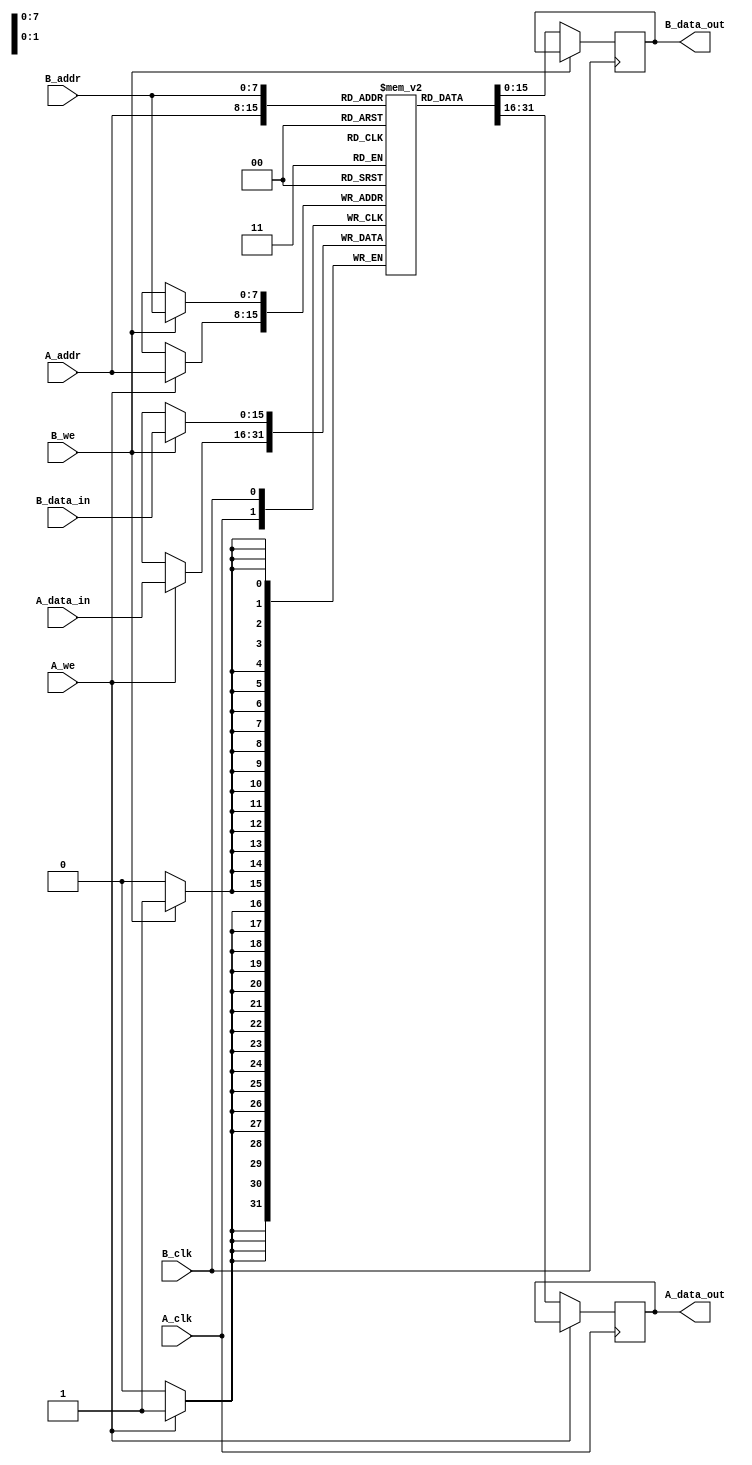
module dual_port_ram #(
    parameter ADDR_WIDTH = 8,  // Address width
    parameter DATA_WIDTH = 16,  // Data width
    parameter MEM_DEPTH = 256   // Memory depth
)(
    input  wire [ADDR_WIDTH-1:0] A_addr,      // Port A address
    input  wire [DATA_WIDTH-1:0] A_data_in,   // Port A data input
    output reg  [DATA_WIDTH-1:0] A_data_out,  // Port A data output
    input  wire A_we,                        // Port A write enable
    input  wire A_clk,                       // Port A clock

    input  wire [ADDR_WIDTH-1:0] B_addr,      // Port B address
    input  wire [DATA_WIDTH-1:0] B_data_in,   // Port B data input
    output reg  [DATA_WIDTH-1:0] B_data_out,  // Port B data output
    input  wire B_we,                        // Port B write enable
    input  wire B_clk                        // Port B clock
);

    // Memory array
    reg [DATA_WIDTH-1:0] ram [0:MEM_DEPTH-1];

    // Port A operations
    always @(posedge A_clk) begin
        // Read operation for Port A
        if (!A_we) begin
            A_data_out <= ram[A_addr];
        end else begin
            // Write operation for Port A
            ram[A_addr] <= A_data_in;
        end
    end

    // Port B operations
    always @(posedge B_clk) begin
        // Read operation for Port B
        if (!B_we) begin
            B_data_out <= ram[B_addr];
        end else begin
            // Write operation for Port B
            ram[B_addr] <= B_data_in;
        end
    end

endmodule